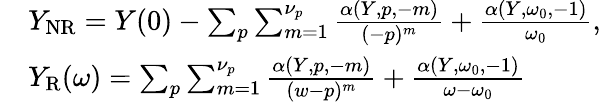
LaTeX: \begin{array}{r}{\begin{array}{rl}&{Y_{\mathrm{NR}}=Y(0)-\sum_{p}\sum_{m=1}^{\nu_{p}}\frac{\alpha(Y,p,-m)}{(-p)^{m}}+\frac{\alpha(Y,\omega_{0},-1)}{\omega_{0}},}\\ &{Y_{\mathrm{R}}(\omega)=\sum_{p}\sum_{m=1}^{\nu_{p}}\frac{\alpha(Y,p,-m)}{(w-p)^{m}}+\frac{\alpha(Y,\omega_{0},-1)}{\omega-\omega_{0}}}\end{array}}\end{array}